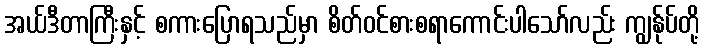
အယ်ဒီတာကြီးနှင့် စကားပြောရသည်မှာ စိတ်ဝင်စားစရာကောင်းပါသော်လည်း ကျွန်ုပ်တို့